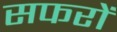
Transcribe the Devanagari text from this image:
सफरों